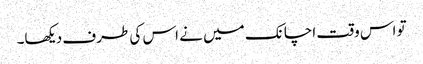
تو اس وقت اچانک میں نے اس کی طرف دیکھا۔